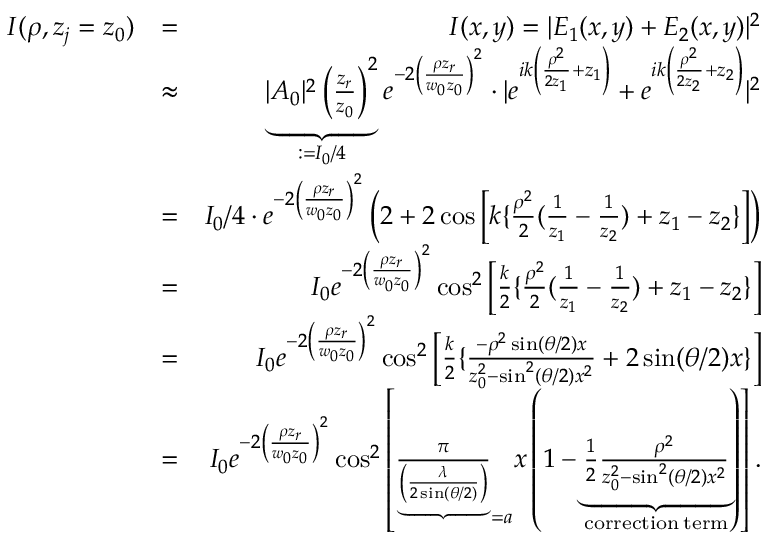
\begin{array} { r l r } { I ( \rho , z _ { j } = z _ { 0 } ) } & { = } & { I ( x , y ) = | E _ { 1 } ( x , y ) + E _ { 2 } ( x , y ) | ^ { 2 } } \\ & { \approx } & { \underbrace { | A _ { 0 } | ^ { 2 } \left( \frac { z _ { r } } { z _ { 0 } } \right) ^ { 2 } } _ { : = I _ { 0 } / 4 } e ^ { - 2 \left( \frac { \rho z _ { r } } { w _ { 0 } z _ { 0 } } \right) ^ { 2 } } \cdot | e ^ { i k \left( \frac { \rho ^ { 2 } } { 2 z _ { 1 } } + z _ { 1 } \right) } + e ^ { i k \left( \frac { \rho ^ { 2 } } { 2 z _ { 2 } } + z _ { 2 } \right) } | ^ { 2 } } \\ & { = } & { I _ { 0 } / 4 \cdot e ^ { - 2 \left( \frac { \rho z _ { r } } { w _ { 0 } z _ { 0 } } \right) ^ { 2 } } \left( 2 + 2 \cos \left[ k \{ \frac { \rho ^ { 2 } } { 2 } ( \frac { 1 } { z _ { 1 } } - \frac { 1 } { z _ { 2 } } ) + z _ { 1 } - z _ { 2 } \} \right] \right) } \\ & { = } & { I _ { 0 } e ^ { - 2 \left( \frac { \rho z _ { r } } { w _ { 0 } z _ { 0 } } \right) ^ { 2 } } \cos ^ { 2 } \left[ \frac { k } { 2 } \{ \frac { \rho ^ { 2 } } { 2 } ( \frac { 1 } { z _ { 1 } } - \frac { 1 } { z _ { 2 } } ) + z _ { 1 } - z _ { 2 } \} \right] } \\ & { = } & { I _ { 0 } e ^ { - 2 \left( \frac { \rho z _ { r } } { w _ { 0 } z _ { 0 } } \right) ^ { 2 } } \cos ^ { 2 } \left[ \frac { k } { 2 } \{ \frac { - \rho ^ { 2 } \sin ( \theta / 2 ) x } { z _ { 0 } ^ { 2 } - \sin ^ { 2 } ( \theta / 2 ) x ^ { 2 } } + 2 \sin ( \theta / 2 ) x \} \right] } \\ & { = } & { I _ { 0 } e ^ { - 2 \left( \frac { \rho z _ { r } } { w _ { 0 } z _ { 0 } } \right) ^ { 2 } } \cos ^ { 2 } \left[ \frac { \pi } { \underbrace { \left( \frac { \lambda } { 2 \sin ( \theta / 2 ) } \right) } } _ { = a } x \left( 1 - \underbrace { \frac { 1 } { 2 } \frac { \rho ^ { 2 } } { z _ { 0 } ^ { 2 } - \sin ^ { 2 } ( \theta / 2 ) x ^ { 2 } } } _ { \mathrm { c o r r e c t i o n \: t e r m } } \right) \right] . } \end{array}